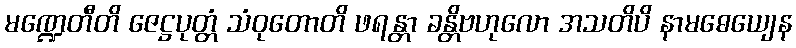
မဏ္ဍေတီတိ ဇေဋ္ဌပုတ္တံ သံဝုတောတိ ဖရန္တာ ခန္တိဗဟုလော အသတိပိ နာမဓေယျေန